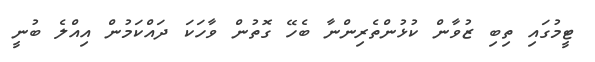
ޓީމުގައި ތިބި ޒުވާން ކުޅުންތެރިންނާ ބެހޭ ގޮތުން ވާހަކަ ދައްކަމުން އިއްލެ ބުނީ